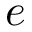
e